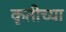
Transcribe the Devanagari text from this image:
कृतीच्या